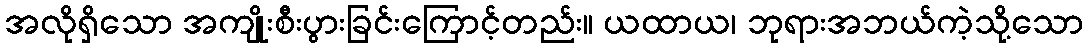
အလိုရှိသော အကျိုးစီးပွားခြင်းကြောင့်တည်း။ ယထာယ၊ ဘုရားအဘယ်ကဲ့သို့သော